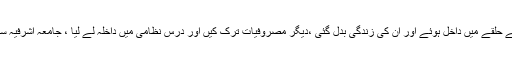
یہ میڈیکل ڈاکٹر تھے ، نوے کی دہائی میں پیر ذو الفقاراحمد نقشبندی کے حلقے میں داخل ہوئے اور ان کی زندگی بدل گئی ،دیگر مصروفیات ترک کیں اور درس نظامی میں داخلہ لے لیا ، جامعہ اشرفیہ سے درس نظامی مکمل کیا اور آٹھ سال پہلے آس اکیڈمی کی بنیاد رکھی۔